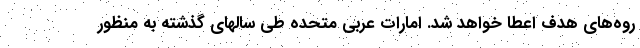
روه‌های هدف اعطا خواهد شد. امارات عربی متحده طی سالهای گذشته به منظور